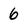
Character: 6